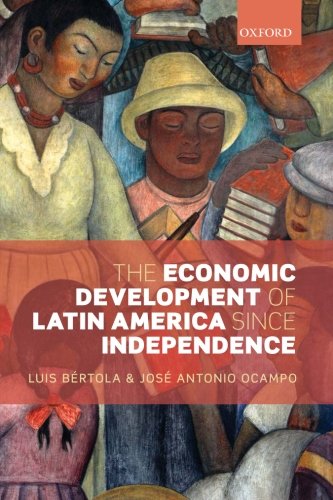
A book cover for The Economic Development of Latin America since Independence (Initiative for Policy Dialogue); Luis Bertola; History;